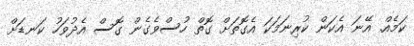
ކަމެއް. އޭނަ އެކަން ކުރިނަމަކަ އެގޮތަށް ގޮތް ހުސްވެގެން ގޮސް އެދުވަހު ކަނޑަށް